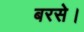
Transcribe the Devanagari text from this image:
बरसे।